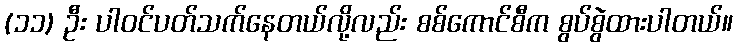
(၁၁) ဦး ပါဝင်ပတ်သက်နေတယ်လို့လည်း စစ်ကောင်စီက စွပ်စွဲထားပါတယ်။